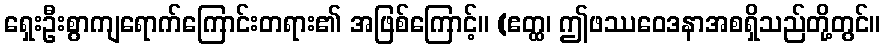
ရှေးဦးစွာကျရောက်ကြောင်းတရား၏ အဖြစ်ကြောင့်။ (ဧတ္ထ၊ ဤဖဿဝေဒနာအစရှိသည်တို့တွင်။